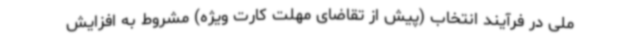
ملی در فرآیند انتخاب (پیش از تقاضای مهلت کارت ویژه) مشروط به افزایش